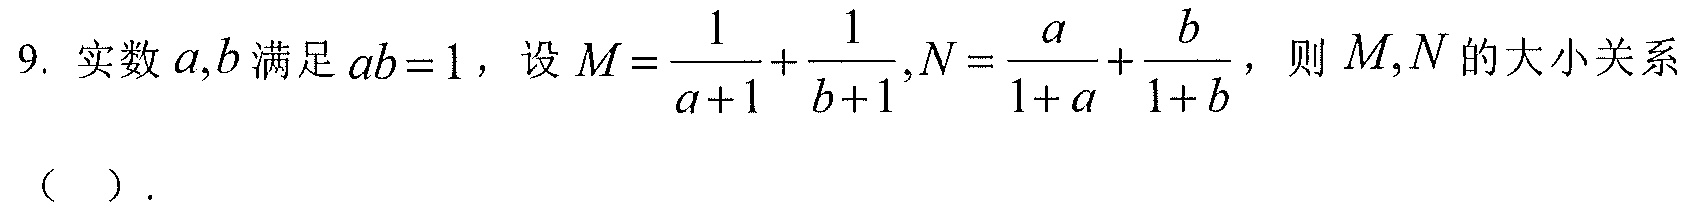
9. 实数\(a,b\)满足\(ab = 1\)，设\(M=\frac{1}{a + 1}+\frac{1}{b + 1},N=\frac{a}{1 + a}+\frac{b}{1 + b}\)，则\(M,N\)的大小关系（  ）.